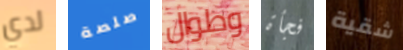
لدي صلصة وطوال فجأة شقية